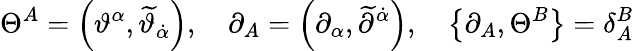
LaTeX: \Theta^{A}=\left(\vartheta^{\alpha},\widetilde{\vartheta}_{\dot{\alpha}}\right),\quad\partial_{A}=\left(\partial_{\alpha},\widetilde{\partial}^{\dot{\alpha}}\right),\quad\left\{ \partial_{A},\Theta^{B}\right\} =\delta_{A}^{B}